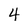
Character: 4